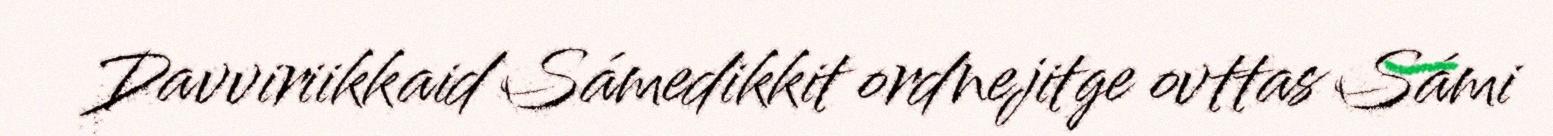
Davviriikkaid Sámedikkit ordnejitge ovttas Sámi